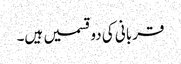
قربانی کی دوقسمیں ہیں۔